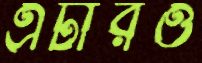
এটারও